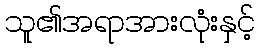
သူ၏အရာအားလုံးနှင့်